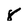
Character: 8